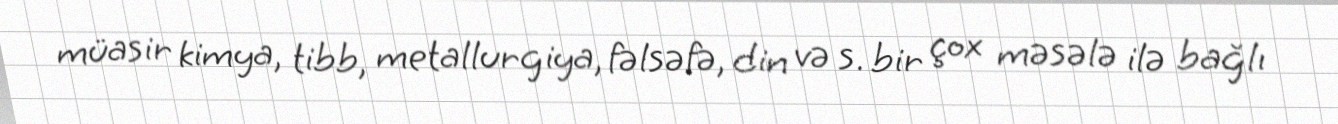
müasir kimya, tibb, metallurgiya, fəlsəfə, din və s. bir çox məsələ ilə bağlı